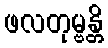
ဖလတုမ္ဗန္တိ